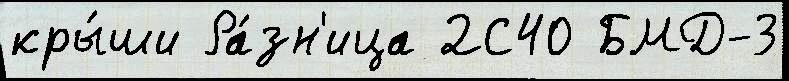
кры́ши Ра́зн'ица 2С40 БМД-3